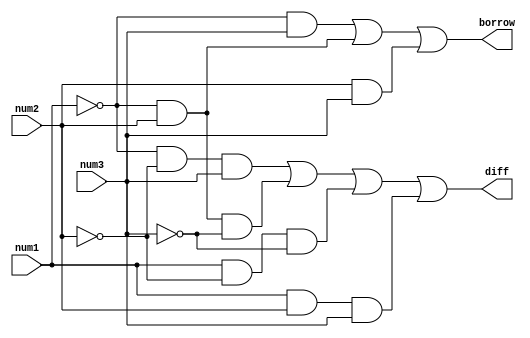
module fullsubtractor(num1,num2,num3,diff,borrow);
	input num1, num2, num3;
	output diff, borrow;
	wire r1, r2, r3, r4, r5;
	assign r1 = ~num1;
	assign r2 = ~num2;
	assign r3 = ~num3;
	assign diff = (r1&r2&num3)|(r1&num2&r3)|(num1&r2&r3)|(num1&num2&num3);
	assign borrow = (r1&num3)|(r1&num2)|(num2&num3);
endmodule

module test;
	reg a,b,c;
	wire d,e;
	fullsubtractor fs(a,b,c,d,e);
	initial begin
		$dumpfile("q3b.vcd");
		$dumpvars(0,test);
		$display("a b c\td e");
		$monitor("%b %b %b\t%b %b", a,b,c,d,e);
		a=0; b=0; c=0; #10
		a=0; b=0; c=1; #10
		a=0; b=1; c=0; #10
		a=0; b=1; c=1; #10
		a=1; b=0; c=0; #10
		a=1; b=0; c=1; #10
		a=1; b=1; c=0; #10
		a=1; b=1; c=1; #10	$finish;
	end
endmodule